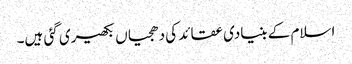
اسلام کے بنیادی عقائد کی دھجیاں بکھیری گئی ہیں۔